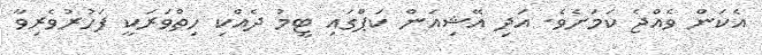
އެކަން ވެއްޖެ ކަމަށެވެ. އަދި އޭޝިއަން ކަޕްގައި ޓީމު ދެއްކި ހިތްވަރަކީ ފަހުރުވެރިވާ